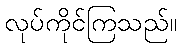
လုပ်ကိုင်ကြသည်။